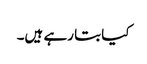
کیا بتا رہے ہیں۔